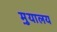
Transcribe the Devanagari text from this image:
मु़यालय